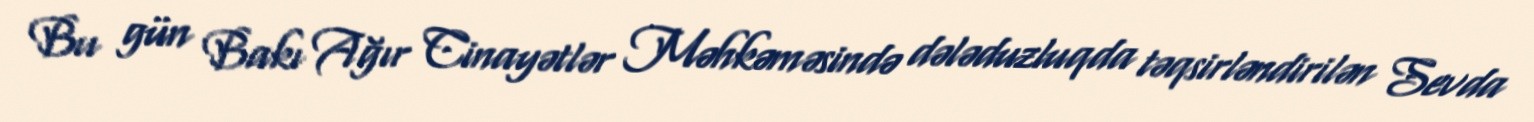
Bu gün Bakı Ağır Cinayətlər Məhkəməsində dələduzluqda təqsirləndirilən Sevda